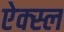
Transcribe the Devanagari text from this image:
ऐक्स्ल